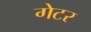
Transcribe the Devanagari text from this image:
गेटर